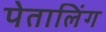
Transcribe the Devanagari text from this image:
पेतालिंग